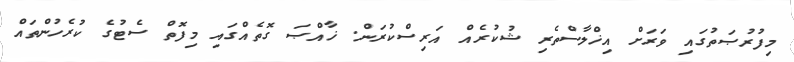
މިފުރުޞަތުގައި ވަރަށް އިޚްލާސްތެރި ޝުކުރެއް އަރިސްކުރަން. ޚާއްޞަ ގޮތެއްގައި މިފޮތް ސެޓުގެ ކުރެހުންތައް